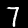
Digit: 7